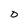
Character: D